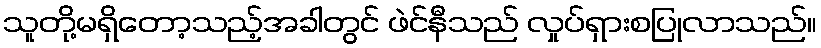
သူတို့မရှိတော့သည့်အခါတွင် ဖဲင်နီသည် လှုပ်ရှားစပြုလာသည်။